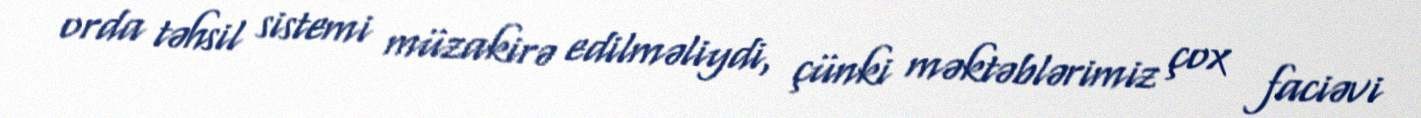
orda təhsil sistemi müzakirə edilməliydi, çünki məktəblərimiz çox faciəvi